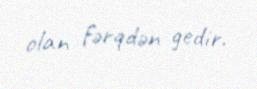
olan fərqdən gedir.